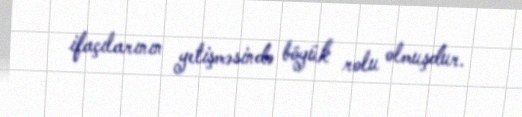
ifaçılarının yetişməsində böyük rolu olmuşdur.